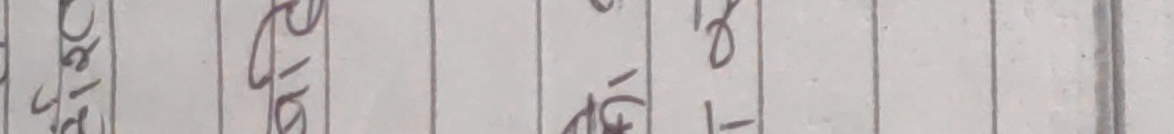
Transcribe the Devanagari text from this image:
०८१ २०१६ १६१ १८